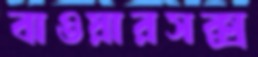
বাওয়ারসক্স